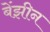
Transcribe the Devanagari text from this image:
बेंझीन